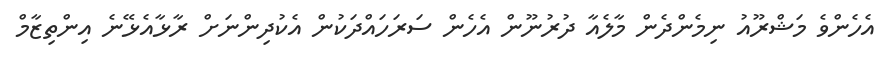
އެހެންވެ މަޝްރޫއު ނިމެންދެން މާލެއާ ދުރުނޫން އެހެން ސަރަހައްދަކުން އެކުދިންނަށް ރާޅާއެޅޭނެ އިންތިޒާމް